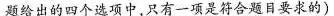
题给出的四个选项中，只有一项是符合题目要求的)